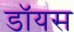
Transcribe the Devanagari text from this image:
डॉयस